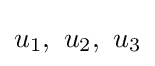
u_{1},\ u_{2},\ u_{3}